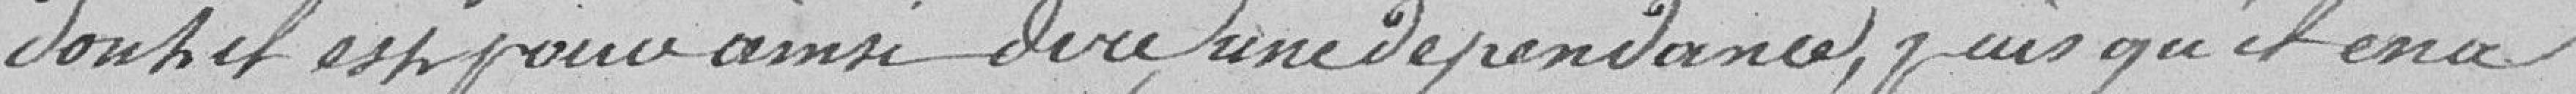
dont il est pour ainsi dire une dépendance, puisqu'il en a